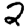
Digit: 2